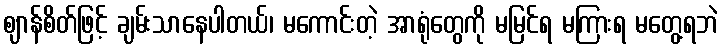
ဈာန်စိတ်ဖြင့် ချမ်းသာနေပါတယ်၊ မကောင်းတဲ့ အာရုံတွေကို မမြင်ရ မကြားရ မတွေ့ရဘဲ